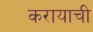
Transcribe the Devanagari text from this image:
करायाची